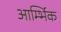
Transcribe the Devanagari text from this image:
आर्म्भिक